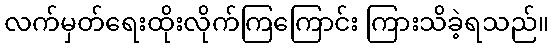
လက်မှတ်ရေးထိုးလိုက်ကြကြောင်း ကြားသိခဲ့ရသည်။